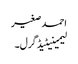
احمد صغیر
لیمینیٹیڈ گرل۔